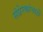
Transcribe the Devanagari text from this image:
संप्रेरकांचाही